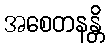
အစေတနန္တိ